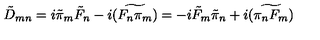
\tilde { D } _ { m n } = i \tilde { \pi } _ { m } \tilde { F } _ { n } - i \widetilde { ( F _ { n } \pi _ { m } ) } = - i \tilde { F } _ { m } \tilde { \pi } _ { n } + i \widetilde { ( \pi _ { n } F _ { m } ) }